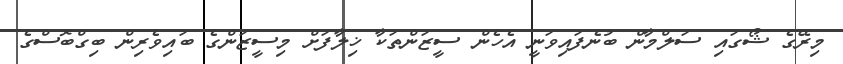
މިރޭގެ ޝޯގައި ސަލްމާން ބުނެފައިވަނީ އެހެން ސީޒަންތަކާ ޚިލާފަށް މިސީޒަންގެ ބައިވެރިން ބިގްބޮސްގެ